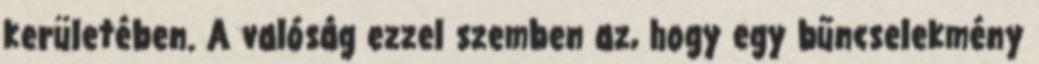
kerületében. A valóság ezzel szemben az, hogy egy bűncselekmény